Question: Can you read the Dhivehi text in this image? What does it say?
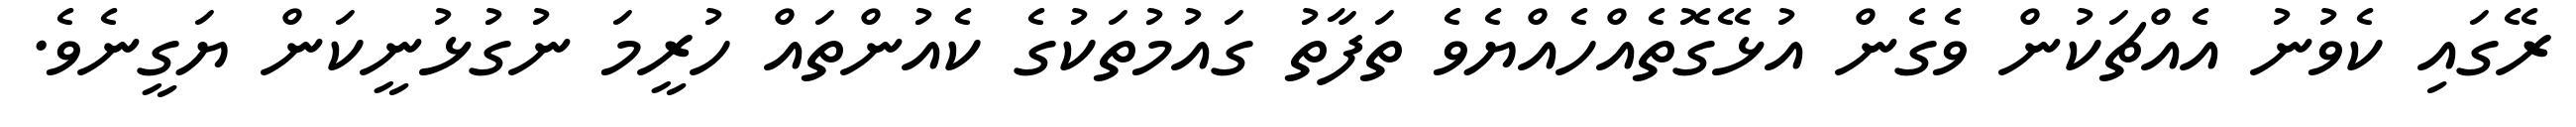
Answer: ރޭގައި ކެވުނު އެއްޗަކުން ވެގެން އުޅޭގޮތެއްހެއްޔެވެ ތަފާތު ގައުމުތަކުގެ ކެއުންތައް ހުރީމަ ނުގުޅުނީކަން ޔަގީނެވެ.